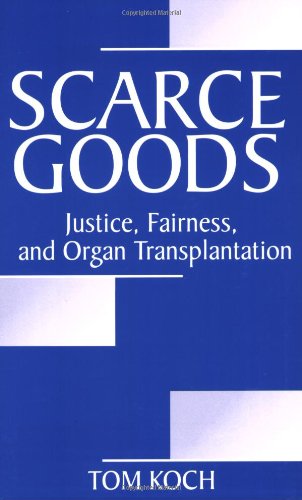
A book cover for Scarce Goods: Justice, Fairness, and Organ Transplantation; Tom Koch; Health, Fitness & Dieting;